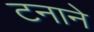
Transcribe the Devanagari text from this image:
टनाने